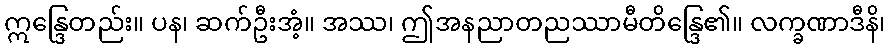
ဣန္ဒြေတည်း။ ပန၊ ဆက်ဦးအံ့။ အဿ၊ ဤအနညာတညဿာမီတိန္ဒြေ၏။ လက္ခဏာဒီနိ၊